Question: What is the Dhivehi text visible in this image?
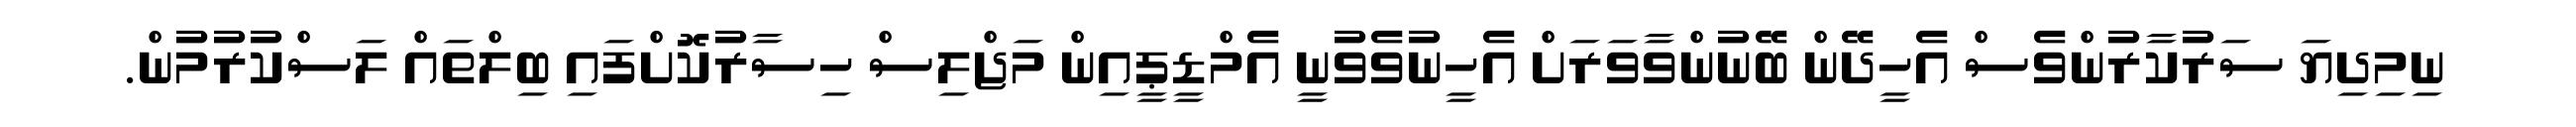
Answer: ނިމިދިޔަ ސަރުކާރުންވެސް އެހީދޭން ބޭނުންވާވަރަށް އެހީނުވެވުނީ އެމްޑީޕީއިން މަޖްލިސް ހިސާރުކޮށްފައި ބިލްތައް ލަސްކުރުމުން.